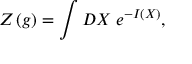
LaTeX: Z \left( g \right) = \int D X \; e ^ { - I ( X ) } ,